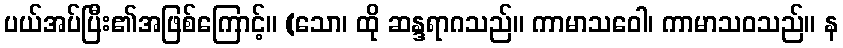
ပယ်အပ်ပြီး၏အဖြစ်ကြောင့်။ (သော၊ ထို ဆန္ဒရာဂသည်။ ကာမာသဝေါ၊ ကာမာသဝသည်။ န